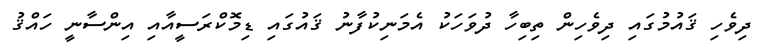
ދިވެހި ޤައުމުގައި ދިވެހިން ތިބިހާ ދުވަހަކު އެމަނިކުފާނު ޤައުގައި ޑިމޮކްރަސީއާއި އިންސާނީ ހައްޤު